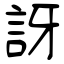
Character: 訝